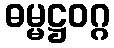
ဓမ္မဋ္ဌဝဂ္ဂ